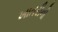
ખાતરીનો